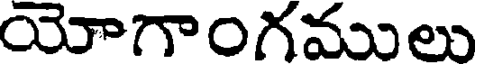
యోగాంగములు